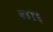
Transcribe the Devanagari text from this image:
७४१६